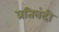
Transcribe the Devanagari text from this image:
प्रतिबंदी